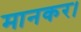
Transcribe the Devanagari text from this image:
मानकर।